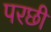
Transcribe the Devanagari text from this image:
परछी